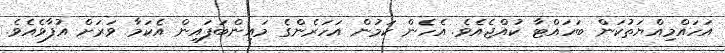
އަހައްމިއްޔަތުކަން ބަހައްޓާ ކުއްޖެއެވެ. އެހެން ކަމުން އަހަރެންގެ މައިންބަފައިން އެކަމާ ވަރަށް އުފާވެއެވެ.